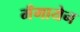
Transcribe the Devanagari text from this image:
मँगायेन